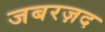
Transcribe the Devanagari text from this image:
जबरज़द